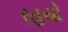
રહયો